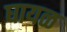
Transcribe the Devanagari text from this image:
घायळ